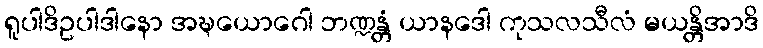
ရူပါဒိဥပါဒါနော အဍ္ဎယောဂေါ ဘဏ္ဍန္တံ ယာနဒေါ ကုသလသီလံ မယန္တိအာဒိ